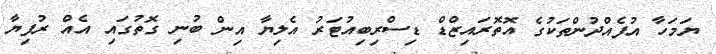
ޔަމަހާ އުފެއްދުންތަކުގެ އޮތޮރައިޒްޑް ޑިސްރިބިއުޓަރު އެލިޔާ އިން ބުނި ގޮތުގައި އެއް ރުފިޔާ